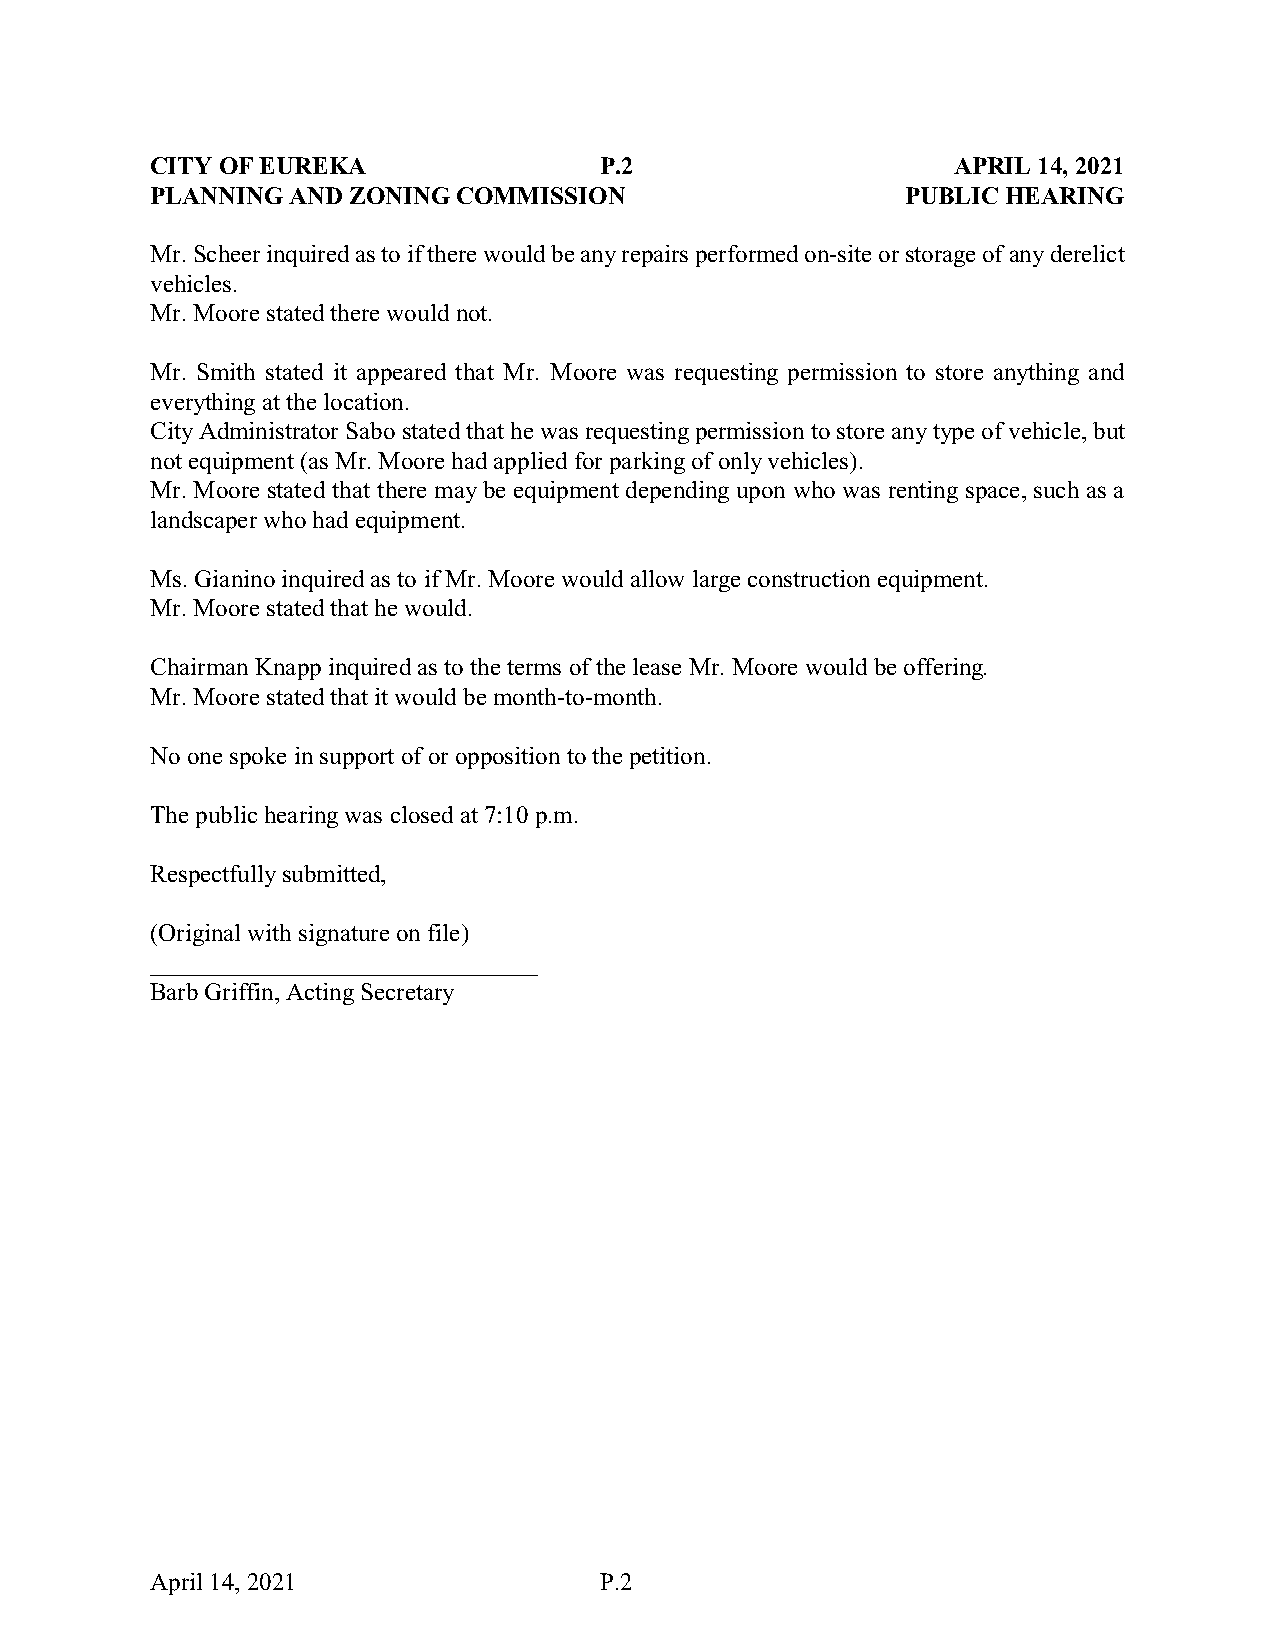
CITY OF EUREKA                P.2                    APRIL 14, 2021
 PLANNING AND ZONING COMMISSION                    PUBLIC HEARING
 Mr. Scheer inquired as to if there would be any repairs performed on-site or storage of any derelict
 vehicles.
 Mr. Moore stated there would not.
 Mr. Smith stated it appeared that Mr. Moore was requesting permission to store anything and
 everything at the location.
 City Administrator Sabo stated that he was requesting permission to store any type of vehicle, but
 not equipment (as Mr. Moore had applied for parking of only vehicles).
 Mr. Moore stated that there may be equipment depending upon who was renting space, such as a
 landscaper who had equipment.
 Ms. Gianino inquired as to if Mr. Moore would allow large construction equipment.
 Mr. Moore stated that he would.
 Chairman Knapp inquired as to the terms of the lease Mr. Moore would be offering.
 Mr. Moore stated that it would be month-to-month.
 No one spoke in support of or opposition to the petition.
 The public hearing was closed at 7:10 p.m.
 Respectfully submitted,
 (Original with signature on file)
 _______________________________
 Barb Griffin, Acting Secretary
 April 14, 2021                P.2